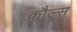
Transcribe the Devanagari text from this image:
कौल्स